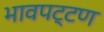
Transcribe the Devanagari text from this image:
भावपट्टण